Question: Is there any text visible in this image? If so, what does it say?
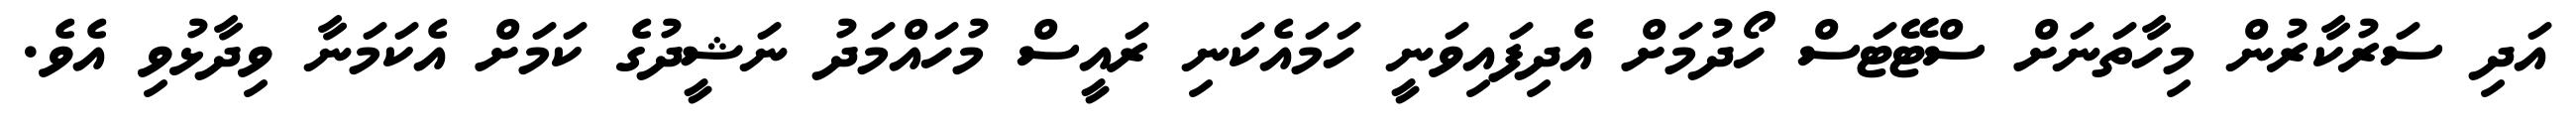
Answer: އަދި ސަރުކާރުން މިހާތަނަށް ސްޓޭޓަސް ހޯދުމަށް އެދިފައިވަނީ ހަމައެކަނި ރައީސް މުހައްމަދު ނަޝީދުގެ ކަމަށް އެކަމަނާ ވިދާޅުވި އެވެ.